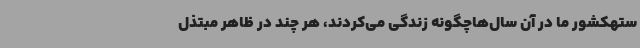
ستهکشور ما در آن سال‌هاچگونه زندگی می‌کردند، هر چند در ظاهر مبتذل